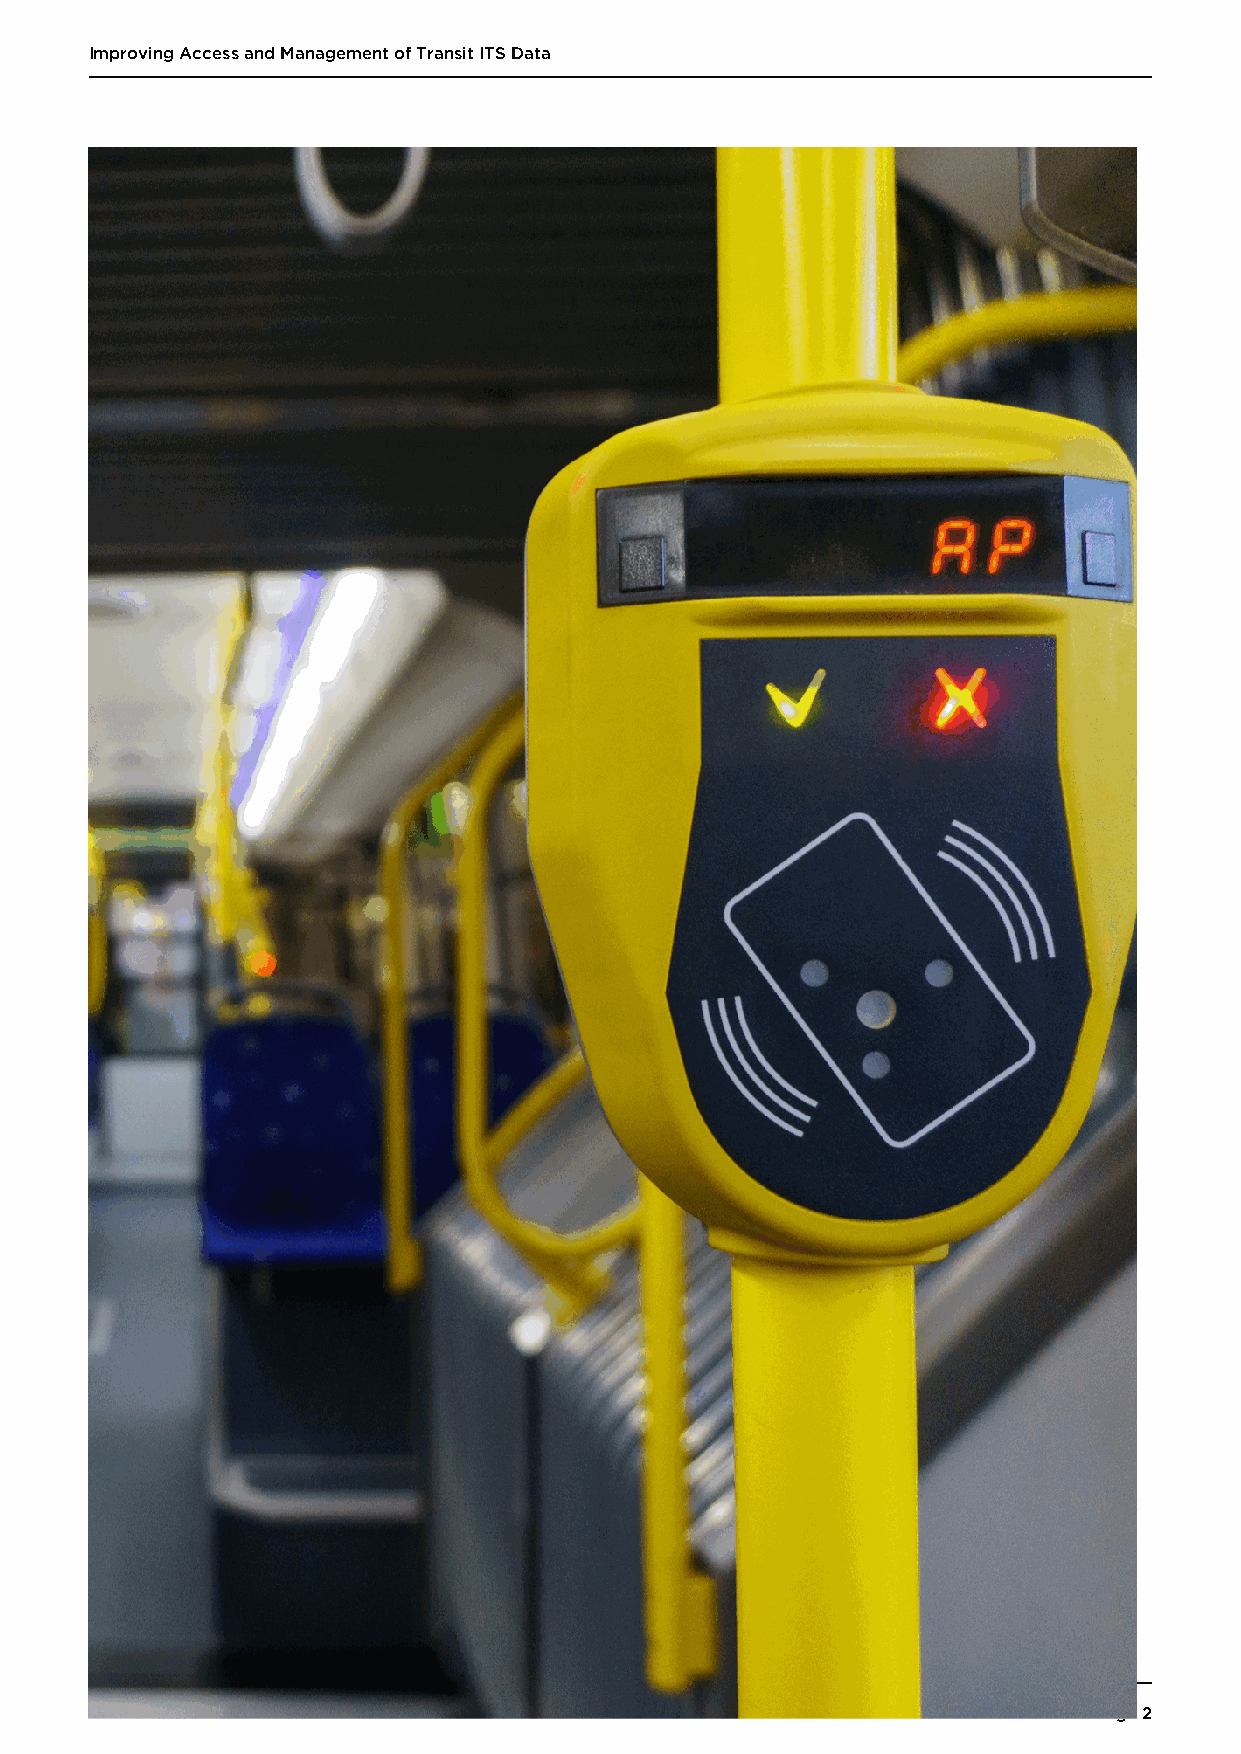
Improving Access and Management of Transit ITS Data
 10.12.2023                                                        Page 2